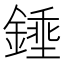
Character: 𨪰